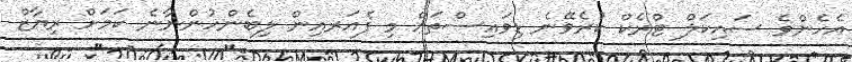
އެހެންވެ ސައިކަލް ޓްރެކް ކުރެވޭނެ ޑިވައިސްތައް މި ފެއަރއިން ލިބެންހުންނާނެ ކަމަށް ރިޔާޒް